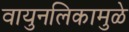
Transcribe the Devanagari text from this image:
वायुनलिकामुळे